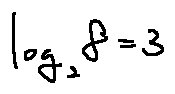
\log _ { 2 } 8 = 3